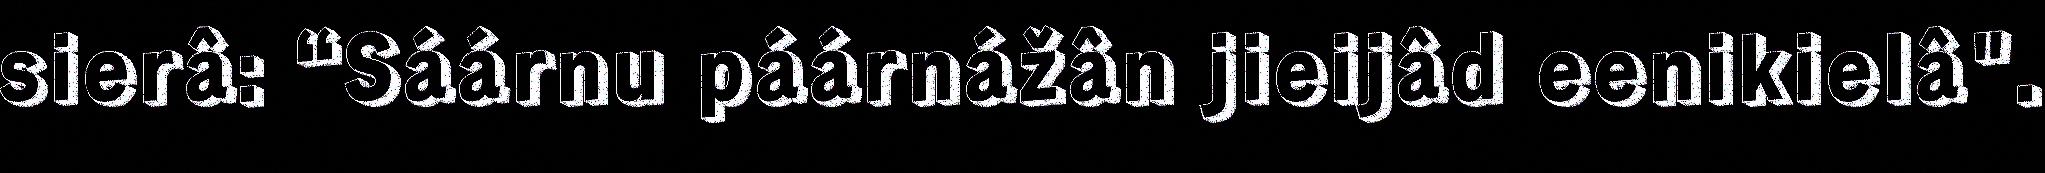
sierâ: “Sáárnu páárnážân jieijâd eenikielâ".